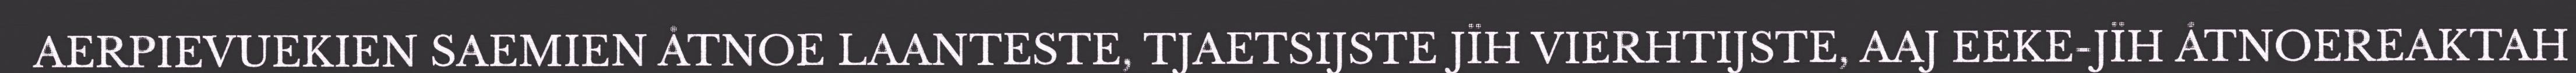
AERPIEVUEKIEN SAEMIEN ÅTNOE LAANTESTE, TJAETSIJSTE JÏH VIERHTIJSTE, AAJ EEKE-JÏH ÅTNOEREAKTAH